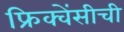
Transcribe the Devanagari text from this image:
फ्रिक्वेंसीची